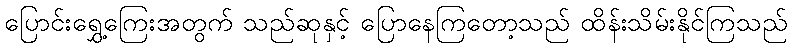
ပြောင်းရွှေ့ကြေးအတွက် သည်ဆုနှင့် ပြောနေကြတော့သည် ထိန်းသိမ်းနိုင်ကြသည်